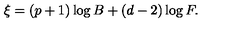
\xi = ( p + 1 ) \log B + ( d - 2 ) \log F .